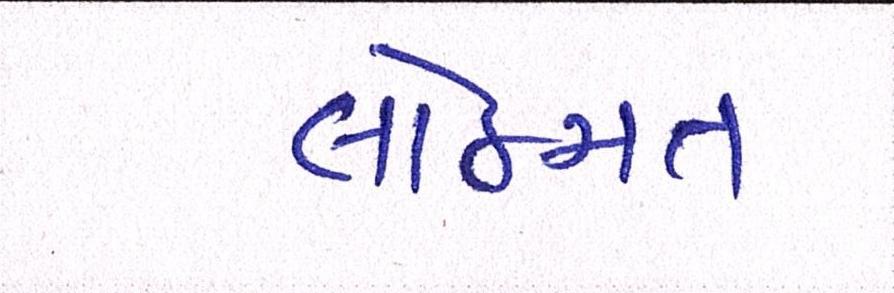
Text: લોકમત